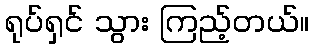
ရုပ်ရှင် သွား ကြည့်တယ်။